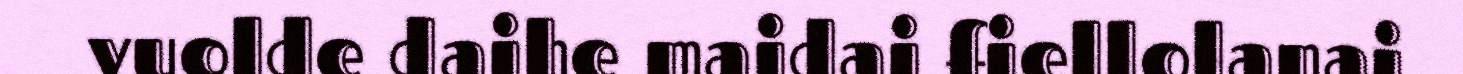
vuolde daihe maidai fiellolanai